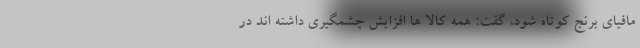
مافیای برنج کوتاه شود، گفت: همه کالا ها افزایش چشمگیری داشته اند در